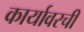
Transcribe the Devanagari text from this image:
कार्यावरची